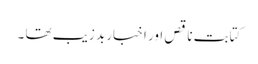
کتابت ناقص اور اخبار بد زیب تھا ۔